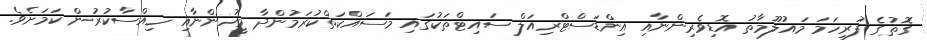
ގޮތުގެ ފުރިހަމަ މައުލޫމާތު އޮޑިވެރިންނާއި އިންޑަސްޓްރިއަލް ސައިޓްތަކުގައި މަސައްކަތްކުރަމުންދާ މީހުންނާއި ހިއްސާކުރުން ކަމަށެވެ.